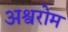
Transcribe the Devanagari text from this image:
अश्वरोम